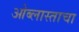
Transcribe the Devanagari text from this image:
ओब्लास्ताचा